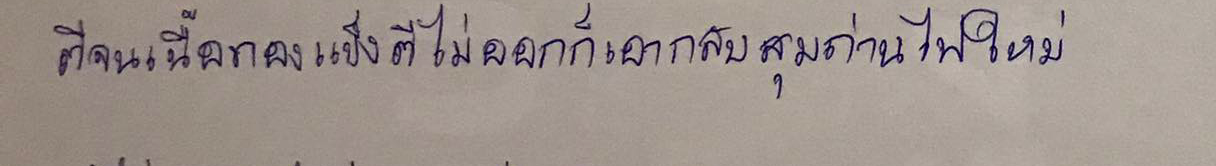
ตีจนเนื้อทองแข็งตีไม่ออกก็เอากลับสุมถ่านไฟใหม่